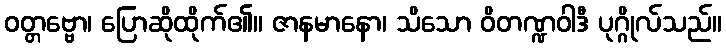
ဝတ္တဗ္ဗော၊ ပြောဆိုထိုက်၏။ ဇာနမာနော၊ သိသော ဝိတဏ္ဍဝါဒီ ပုဂ္ဂိုလ်သည်။